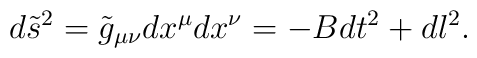
d\tilde{s}^2=\tilde{g}_{\mu\nu}dx^\mu dx^\nu=-Bdt^2+dl^2.